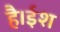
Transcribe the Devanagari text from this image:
है।ईश